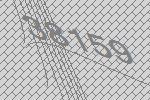
38159